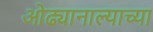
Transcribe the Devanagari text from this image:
ओढ्यानाल्याच्या